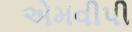
એમવીપી